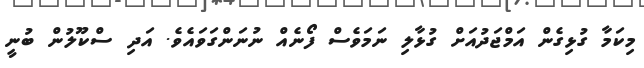
މިކަމާ ގުޅިގެން އަމްޖަދުއަށް ގުޅާލި ނަމަވެސް ފޯނެއް ނުނަންގަވައެވެ. އަދި ސްކޫލުން ބުނީ